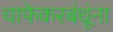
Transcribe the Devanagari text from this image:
चाफेकरबंधूंना